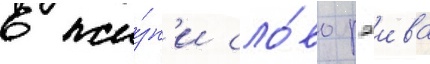
в жи́зн'и сло́во рэива